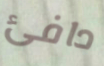
دافئ